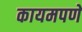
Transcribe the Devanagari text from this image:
कायमपणे